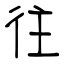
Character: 往